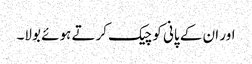
اور ان کے پانی کو چیک کرتے ہوئے بولا۔